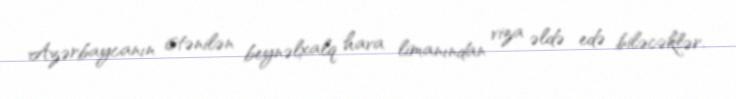
Azərbaycanın istənilən beynəlxalq hava limanından viza əldə edə biləcəklər.